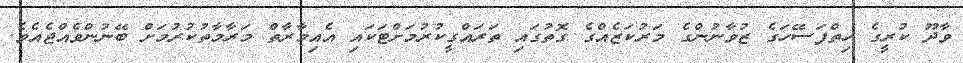
ވާދޫ ކުރީގެ ހިތްފަސޭހަގެ ޒުވާނުންގެ މަރުކަޒެއްގެ ގޮތުގައި ތަރައްގީކުރުމަށްޓަކައި އެއިމާރާތް މަރާމާތުކުރުމަށް ބޭނުންވެއްޖެއެވެ.